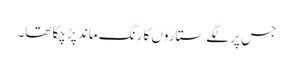
جس پر لگے ستاروں کا رنگ ماند پڑ چکا تھا۔